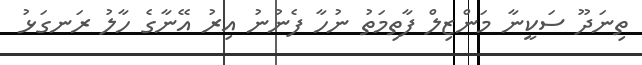
ތިނަދޫ ސަކީނާ މަންޒިލް ފާތިމަތު ނުހާ ފެނުނު އިރު އޭނާގެ ހާލު ރަނގަޅު